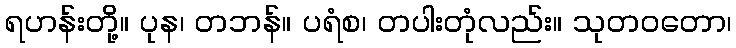
ရဟန်းတို့။ ပုန၊ တဘန်။ ပရံစ၊ တပါးတုံလည်း။ သုတဝတော၊